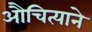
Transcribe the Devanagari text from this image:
औचित्याने